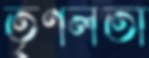
তৃণলতা